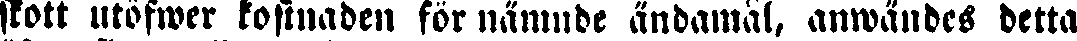
skott utöfwer kostnaden för nämnde ändamål, anwändes detta